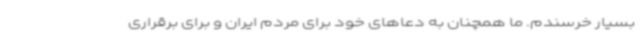
بسیار خرسندم. ما همچنان به دعاهای خود برای مردم ایران و برای برقراری